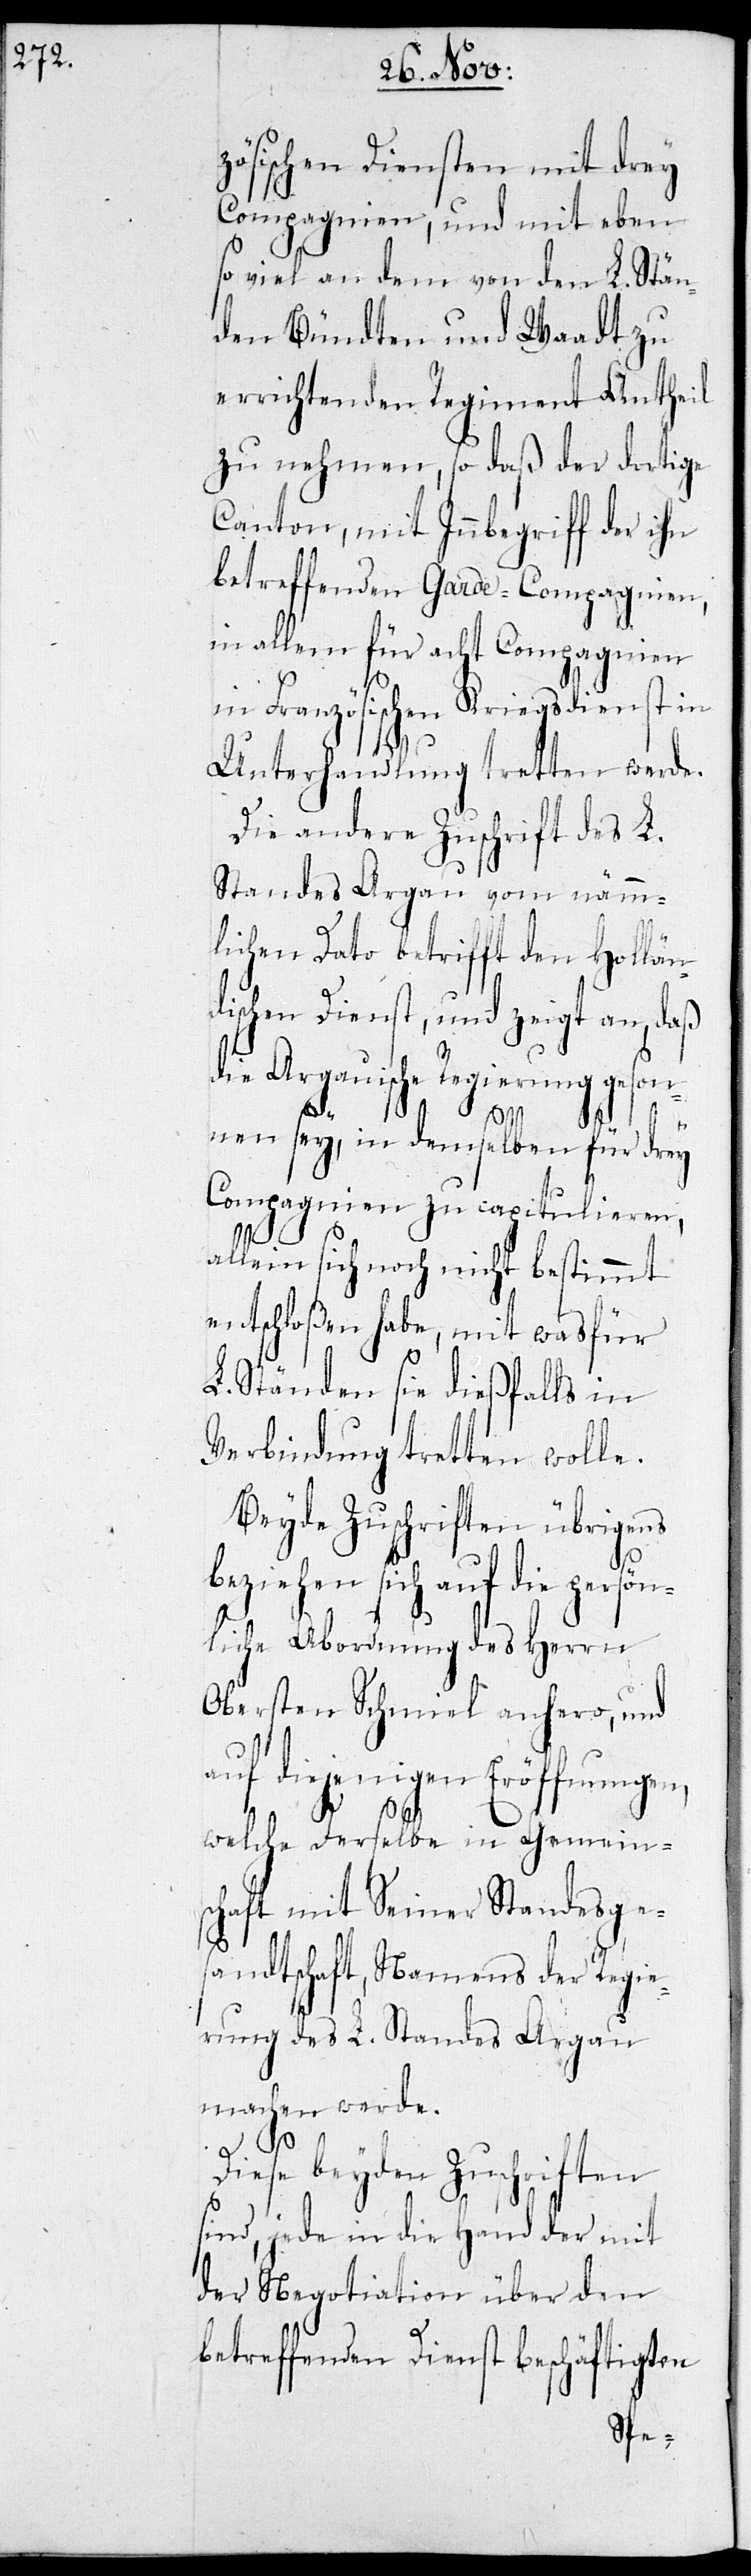
zösischen Diensten mit drey
Compagnien, und mit eben
so viel an dem von den L. Stän¬
den Bündten und Waadt zu
errichtenden Regiment Antheil
zu nehmen, so daß der dortige
Canton, mit Inbegriff der ihr
betreffenden Garde-Compagnien,
in allem für acht Compagnien
in Französischen Kriegsdienst in
Unterhandlung tretten werde.
Die andere Zuschrift des L.
Standes Aargau vom nämm¬
lichen Dato betrifft den Holländ¬
ischen Dienst, und zeigt an, daß
die Aargauische Regierung geson¬
nen sey, in demselben für drey
Compagnien zu capitulieren,
allein sich noch nicht bestimmt
entschloßen habe, mit was für
L. Ständen sie dießfalls in
Verbindung tretten wolle.
Beyde Zuschriften übrigens
beziehen sich auf die persö¬
nliche Abordnung des Herrn
Obersten Schmiel anhero, und
auf diejenigen Eröffnungen,
welche Derselbe in Gemein¬
schaft mit Seiner Standesge¬
sandtschaft, Namens der Regie¬
rung des L. Standes Aargau
machen werde.
Diese beyden Zuschriften
sind, jede in der Hand der mit
der Negotiation über den
betreffenden Dienst beschäftigten